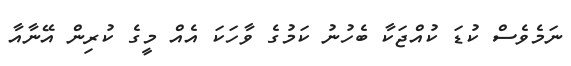
ނަމެވެސް ކުޑަ ކުއްޖަކާ ބެހުނު ކަމުގެ ވާހަކަ އެއް މީގެ ކުރިން އޭނާއާ